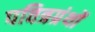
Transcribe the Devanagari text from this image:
पवित्रग्रंथों